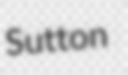
Sutton